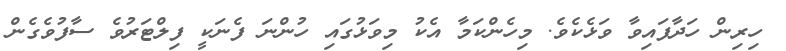
ހިރިން ހަދާފައިވާ ވަޅެކެވެ. މިހެންކަމާ އެކު މިވަޅުގައި ހުންނަ ފެނަކީ ފިލްޓަރުވެ ސާފުވެގެން